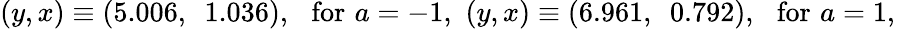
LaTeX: (y,x)\equiv(5.006,~~1.036),\, \, \, \, \mathrm{for}\, \, a=-1,\, \, (y,x)\equiv(6.961,~~0.792),\, \, \, \, \mathrm{for}\, \, a=1,\, \,